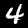
Digit: 4